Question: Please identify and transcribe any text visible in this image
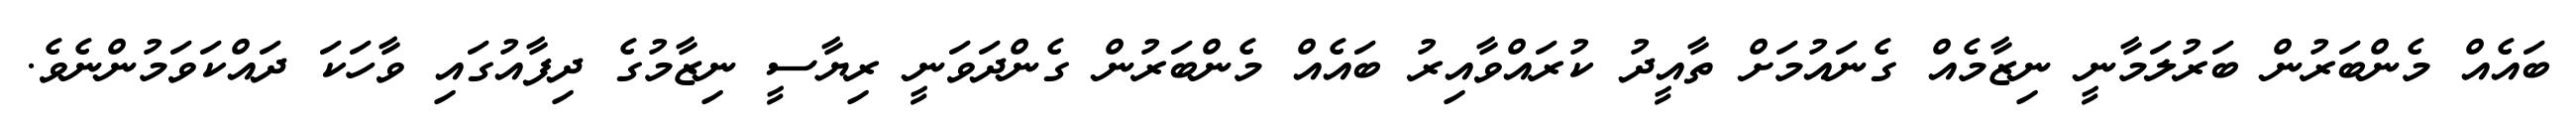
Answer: ބައެއް މެންބަރުން ބަރުލަމާނީ ނިޒާމެއް ގެނައުމަށް ތާއީދު ކުރައްވާއިރު ބައެއް މެންބަރުން ގެންދަވަނީ ރިޔާސީ ނިޒާމުގެ ދިފާއުގައި ވާހަކަ ދައްކަވަމުންނެވެ.